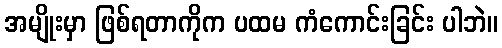
အမျိုးမှာ ဖြစ်ရတာကိုက ပထမ ကံကောင်းခြင်း ပါဘဲ။